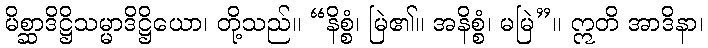
မိစ္ဆာဒိဋ္ဌိသမ္မာဒိဋ္ဌိယော၊ တို့သည်။ “နိစ္စံ၊ မြဲ၏။ အနိစ္စံ၊ မမြဲ”။ ဣတိ အာဒိနာ၊